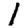
Digit: 1